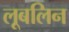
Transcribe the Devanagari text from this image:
लूबलिन